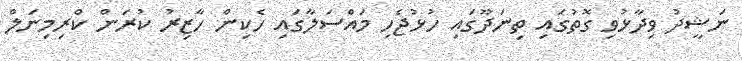
ނަޝީދު ވިދާޅުވި ގޮތުގައި ތިނަދޫގައި ހުޅުޖެހި މައްސަލާގައި ހެކިން ހާޒިރު ކުރަން ކްރިމިނަލް